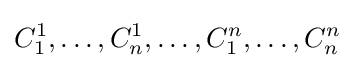
C_{1}^{1},\ldots ,C_{n}^{1},\ldots ,C_{1}^{n},\ldots ,C_{n}^{n}